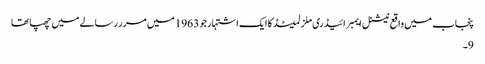
پنجاب میں واقع نیشنل ایمبرائیڈری ملز لمیٹڈ کا ایک اشتہار جو 1963 میں مرر رسالے میں چھپا تھا
9۔